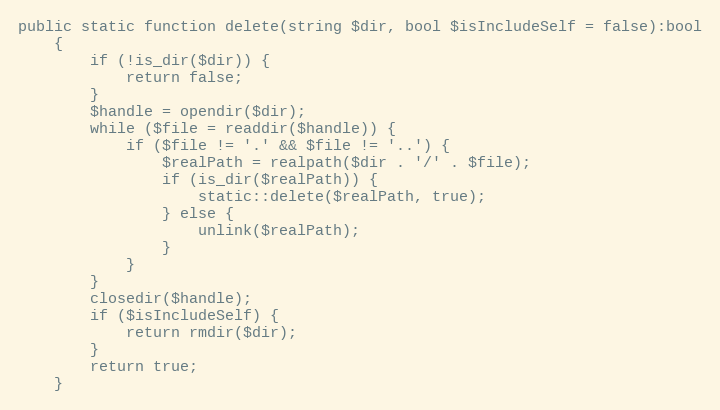
Language: PHP
public static function delete(string $dir, bool $isIncludeSelf = false):bool
    {
        if (!is_dir($dir)) {
            return false;
        }
        $handle = opendir($dir);
        while ($file = readdir($handle)) {
            if ($file != '.' && $file != '..') {
                $realPath = realpath($dir . '/' . $file);
                if (is_dir($realPath)) {
                    static::delete($realPath, true);
                } else {
                    unlink($realPath);
                }
            }
        }
        closedir($handle);
        if ($isIncludeSelf) {
            return rmdir($dir);
        }
        return true;
    }